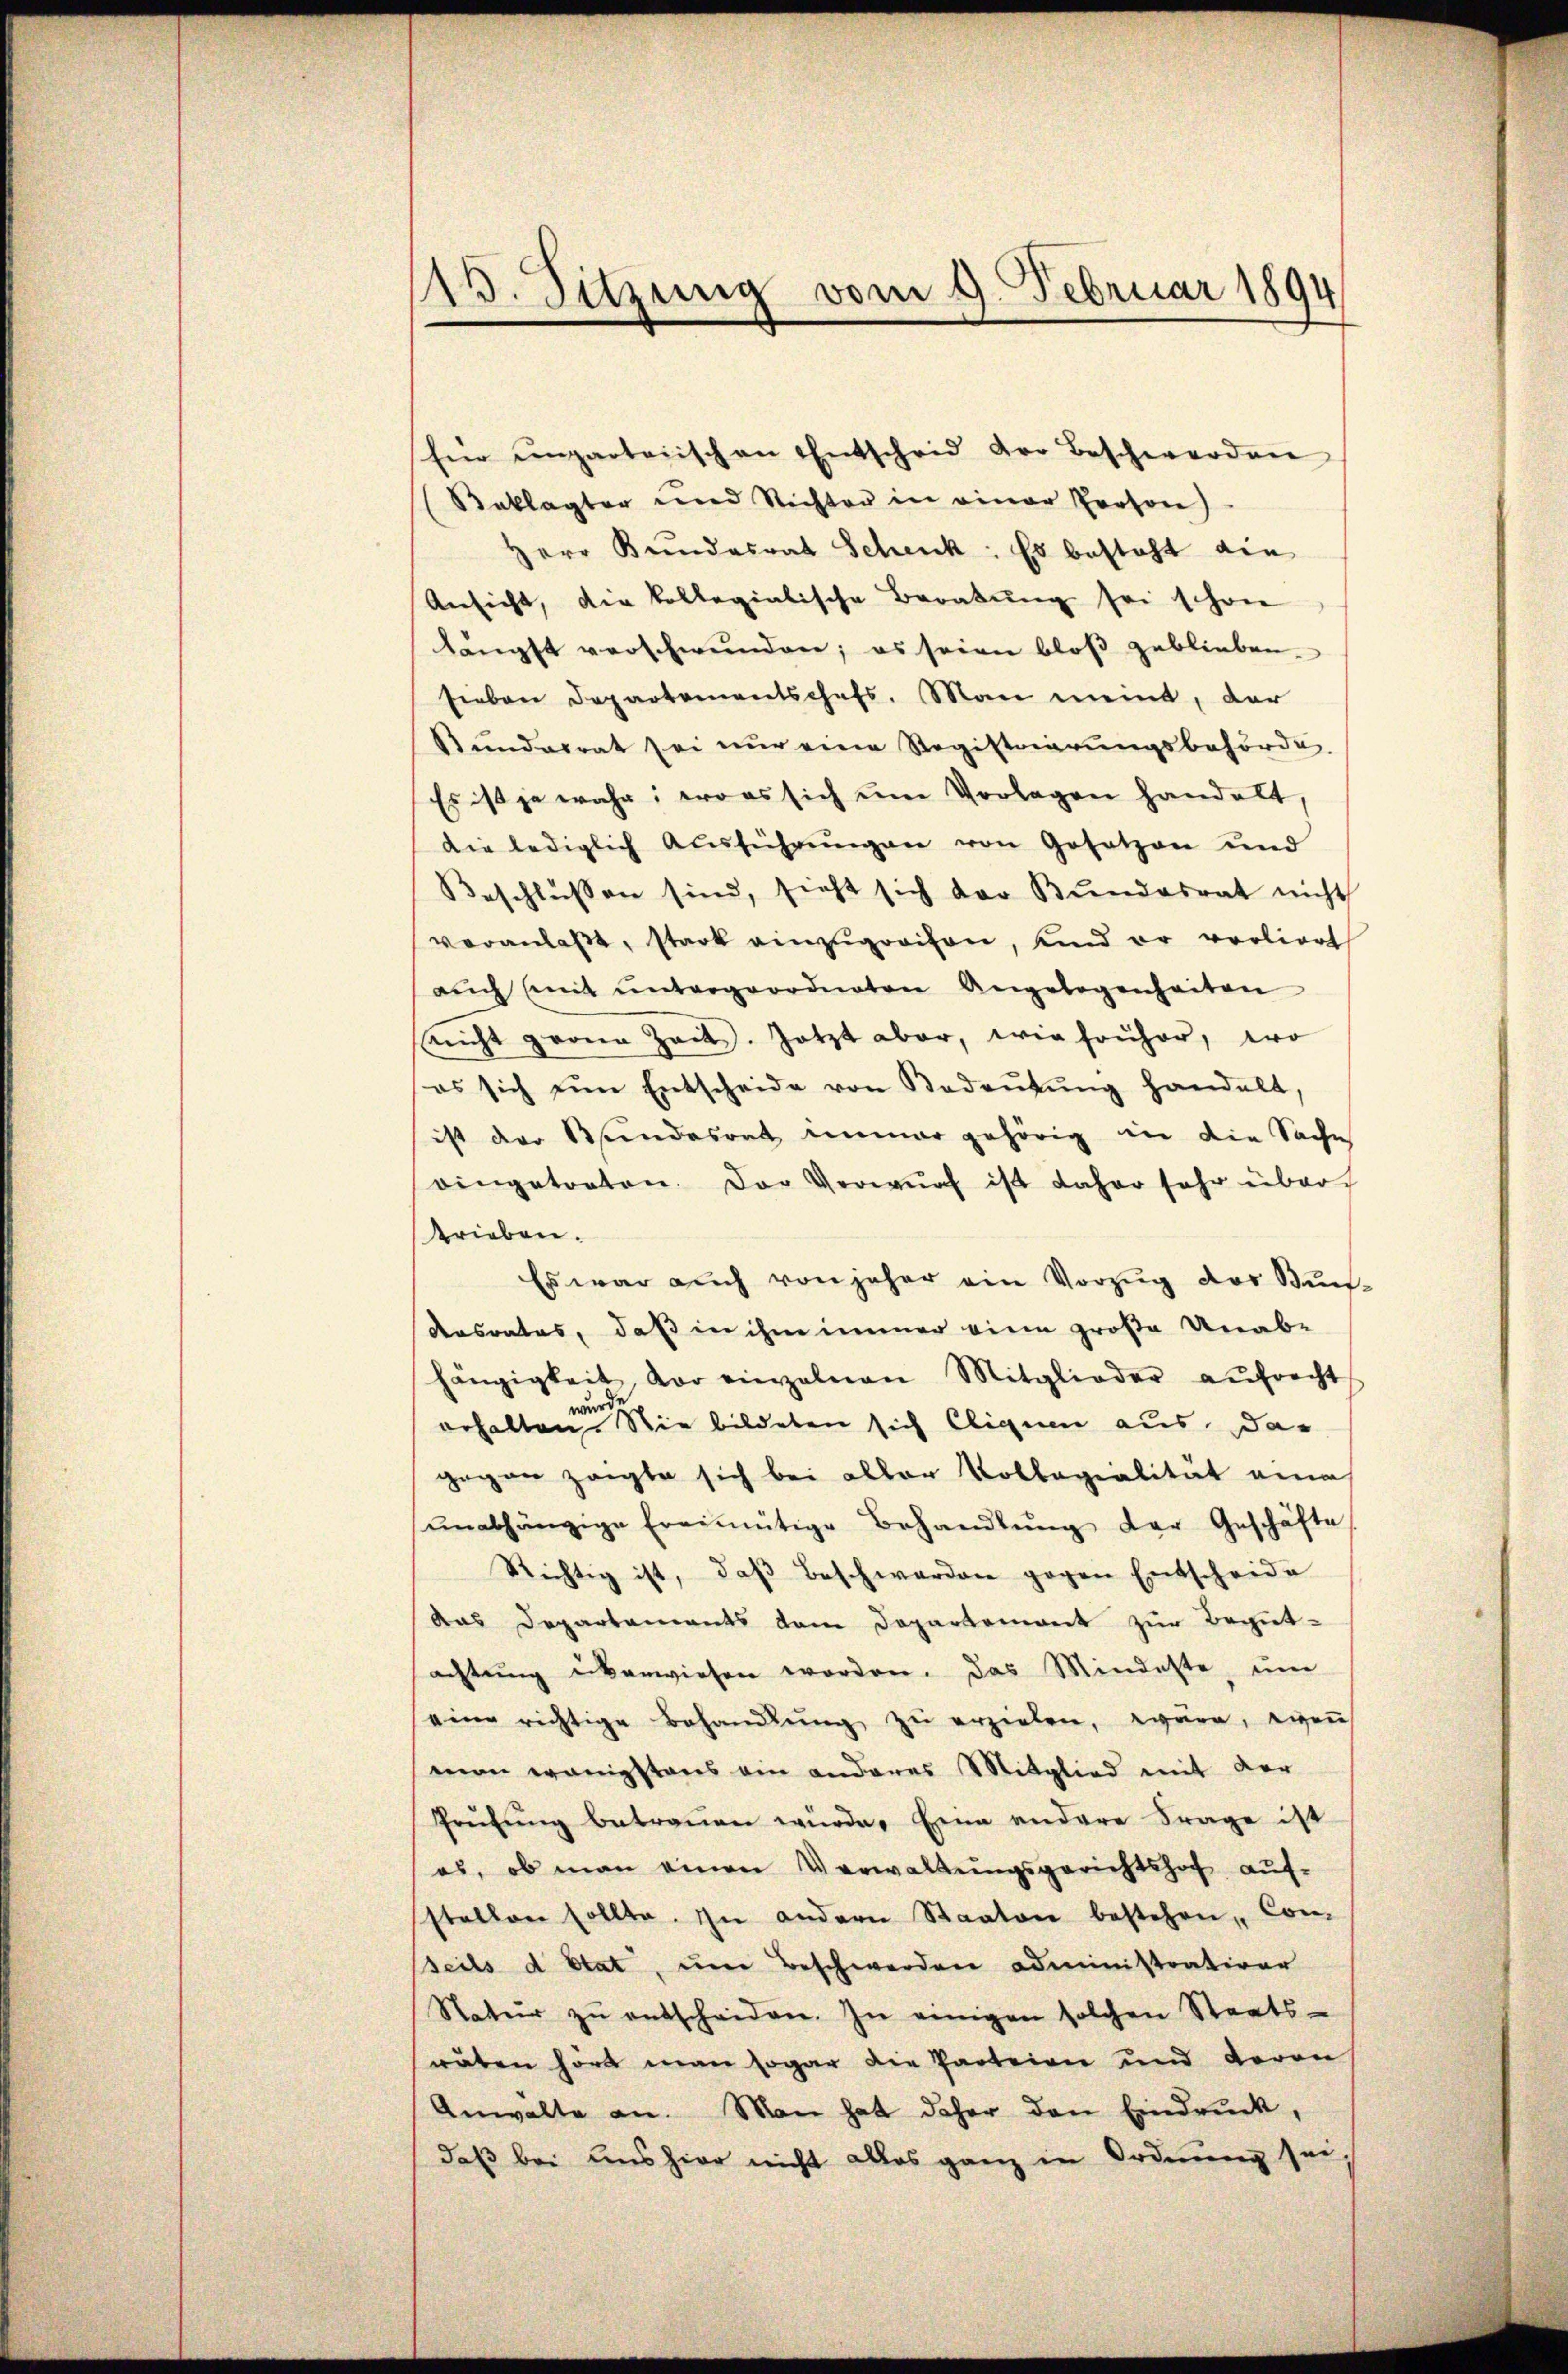
13. Sitzung vom 9. Februar 1894

für unparteiischen Entscheid der Beschwerden
(Beklagter und Nichter in einer Person)
Herr Kundesrat Schenk : Es besteht die
Ansicht, die kollegialische Beratung sei schon
längst verschwunden; es seien bloβ geblieben.
sieben Departementschafs. Man meint, der
Bundesrat sei nur eine Registriarŭngsbehörde
Es ist ja wahr, erwas sich um Vorlagen handelt,
Die lediglich Aŭsführŭngen von Gesetzen und
Beschlüssen sind, sieht sich der Bundesrat nicht
veranlaβt, stark einzugreifen, und er vorliert
aŭch mit ŭntergeordneten Angelegenheiten
nicht gerina Zeit. Jetzt aber, wie früher, wo
es sich um Entscheide von Bedeŭtŭng handelt,
ist der Bundesrat immer gehörig in die Sache
eingetreten. Der Verwŭrf ist daher sehr über
trieben.
Es war auch von jeher ein Vorzug des Kin-
Aasrates, daß in ihm immer eine große Unab-
hängigkeit, vor einzelnen Mitglieder aŭfrecht
wurde
erhalten. Sie bildeten sich Clique aus da-
gegen zeigte sich bei aller Kollegialität eine
ŭnabhängige Freimütige Behandlŭng der Geschäfte
Richtig ist, daβ beschwerden gegen Entscheide
aas Departements dem Departement zur Begut-
achtŭng überwiesen worden. Das Mindeste, um
eine richtige Behandlŭng zŭ erzielen, wäre, wen
man wenigstens ein anderes Mittglied mit der
Prüfŭng betraŭen würde. Eine andere Frage ist
es, ob man einen Verwaltungsgerichtshof aufstellen sollte. In andern Staaten bestehen, Con-
seils d Etat, um Beschwerden administrativer
Natur zŭ entscheiden. In einigen solchen Staats-
räten hört man sogar die Parteien und deron
Anwalte an. Man hat daher den Eindruck,
daß bei uns hier nicht alles ganz in Ordnung sei